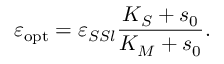
\varepsilon _ { \mathrm { o p t } } = \varepsilon _ { S S l } \frac { K _ { S } + s _ { 0 } } { K _ { M } + s _ { 0 } } .